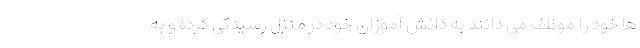
ها خود را موظف می دانند به دانش آموزان خود در منزل رسیدگی کرده و به